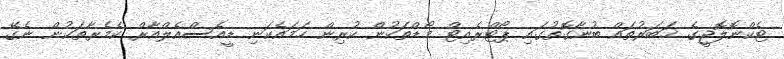
ޓެކްނޮލޮޖީގެ ޚަބަރުތައް ބުނާގޮތުގައި ޕޯޓްރެއިޓް މޯޑްތަކުން ކުރިން ހަމައެކަނި ޑީއެސްއެލްއާރް ކެމެރާތަކުން ނެގޭ